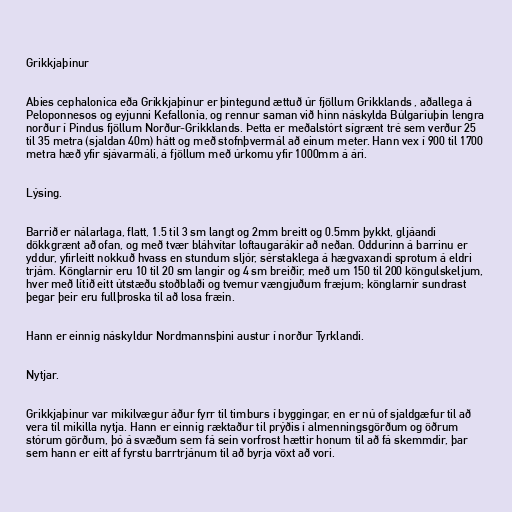
Grikkjaþinur

Abies cephalonica eða Grikkjaþinur er þintegund ættuð úr fjöllum Grikklands , aðallega á
Peloponnesos og eyjunni Kefallonia, og rennur saman við hinn náskylda Búlgaríuþin lengra
norður í Pindus fjöllum Norður-Grikklands. Þetta er meðalstórt sígrænt tré sem verður 25
til 35 metra (sjaldan 40m) hátt og með stofnþvermál að einum meter. Hann vex í 900 til 1700
metra hæð yfir sjávarmáli, á fjöllum með úrkomu yfir 1000mm á ári.

Lýsing.

Barrið er nálarlaga, flatt, 1.5 til 3 sm langt og 2mm breitt og 0.5mm þykkt, gljáandi
dökkgrænt að ofan, og með tvær bláhvítar loftaugarákir að neðan. Oddurinn á barrinu er
yddur, yfirleitt nokkuð hvass en stundum sljór, sérstaklega á hægvaxandi sprotum á eldri
trjám. Könglarnir eru 10 til 20 sm langir og 4 sm breiðir, með um 150 til 200 köngulskeljum,
hver með lítið eitt útstæðu stoðblaði og tvemur vængjuðum fræjum; könglarnir sundrast
þegar þeir eru fullþroska til að losa fræin.

Hann er einnig náskyldur Nordmannsþini austur í norður Tyrklandi.

Nytjar.

Grikkjaþinur var mikilvægur áður fyrr til timburs í byggingar, en er nú of sjaldgæfur til að
vera til mikilla nytja. Hann er einnig ræktaður til prýðis í almenningsgörðum og öðrum
stórum görðum, þó á svæðum sem fá sein vorfrost hættir honum til að fá skemmdir, þar
sem hann er eitt af fyrstu barrtrjánum til að byrja vöxt að vori.